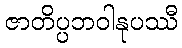
ဇာတိပ္ပဘဝါနုပဿီ